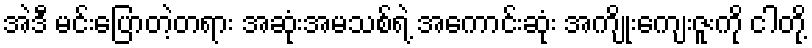
အဲဒီ မင်းပြောတဲ့တရား အဆုံးအမသစ်ရဲ့ အကောင်းဆုံး အကျိုးကျေးဇူးကို ငါတို့